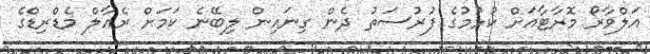
އަލްވާރޯ މޮރާޓާއަށް ކުޅުމުގެ ފުރުސަތު ދެން ގިނައިން ލިބޭނެ ކަމަށް ރެއާލް މެޑްރިޑްގެ